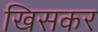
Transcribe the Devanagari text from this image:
खिसकर